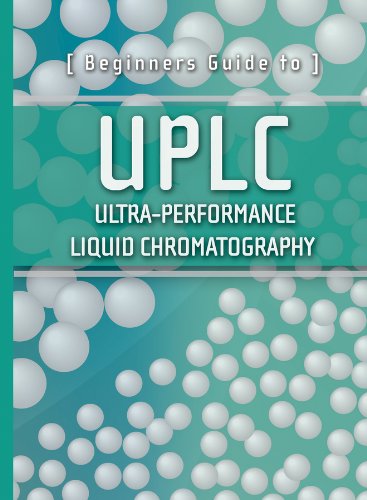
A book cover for Beginners Guide to UPLC: Ultra-Performance Liquid Chromatography (Waters Series); Waters Corporation; Science & Math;